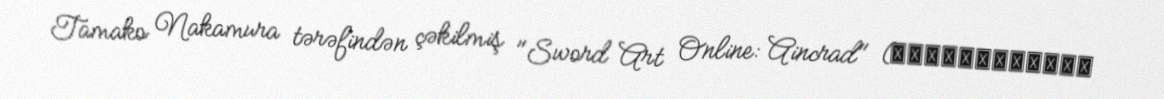
Tamako Nakamura tərəfindən çəkilmiş "Sword Art Online: Aincrad" (ソードアート・オンライン